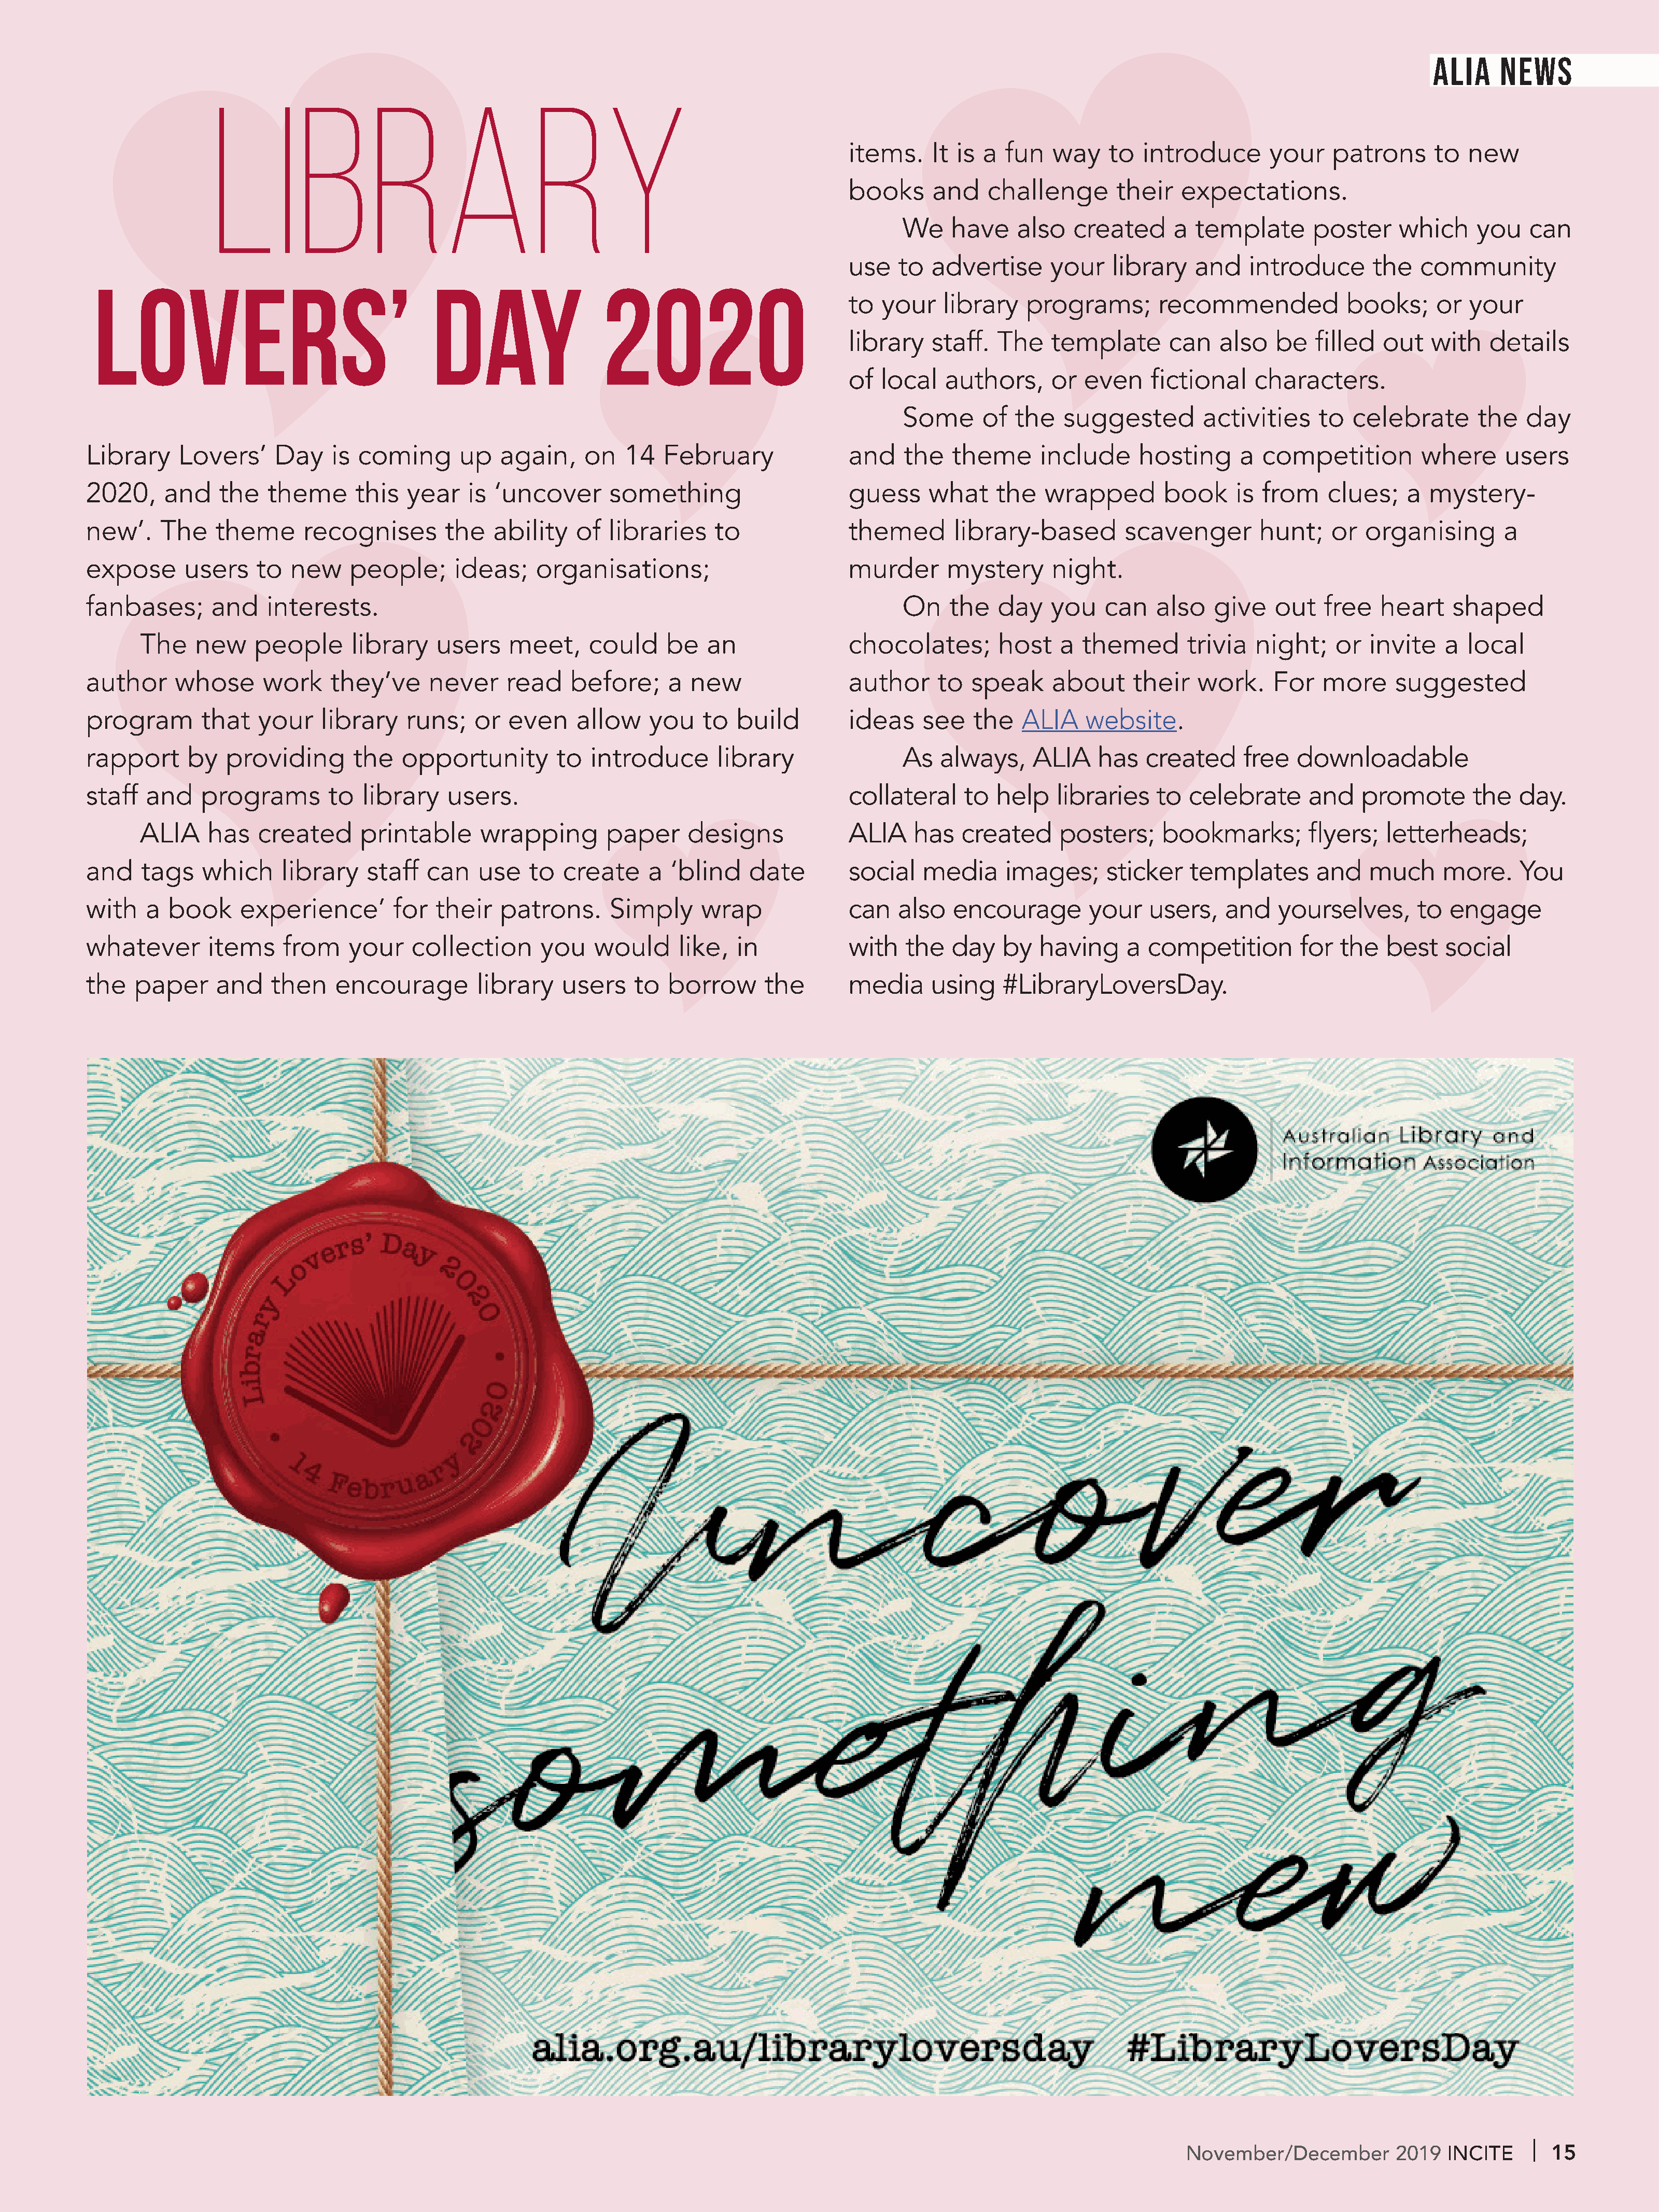
ALIA     NEWS
 Library
 items.     It is a  fun   way     to  introduce       your    patrons      to  new
 books      and    challenge        their   expectations.
 We    have     also   created      a  template       poster     which     you   can
 use    to  advertise      your    library    and   introduce       the   community
 Lovers’                                    Day                   2020
 to   your   library    programs;        recommended             books;     or   your
 library    staff.  The    template       can    also   be   filled   out   with   details
 of  local    authors,     or  even     fictional    characters.
 Some      of   the   suggested         activities    to   celebrate       the   day
 Library     Lovers’     Day    is  coming       up   again,     on   14   February               and    the    theme      include     hosting      a  competition         where      users
 2020,     and    the   theme      this   year    is ‘uncover       something                     guess      what    the   wrapped         book     is from     clues;    a mystery-
 new’.    The     theme      recognises        the   ability    of  libraries    to               themed        library-based         scavenger        hunt;    or  organising        a
 expose       users    to  new     people;      ideas;    organisations;                          murder       mystery      night.
 fanbases;       and    interests.                                                                       On    the   day    you    can    also   give    out   free   heart    shaped
 The    new    people       library    users    meet,     could     be   an                chocolates;        host    a  themed        trivia  night;     or  invite   a  local
 author     whose       work    they’ve      never     read    before;     a  new                 author      to  speak     about      their   work.     For   more     suggested
 program        that   your    library    runs;    or  even     allow    you    to  build         ideas     see   the   ALIA     website.
 rapport      by   providing       the   opportunity         to  introduce        library                As   always,     ALIA    has   created      free   downloadable
 staff   and    programs        to  library    users.                                             collateral     to  help    libraries    to  celebrate      and    promote       the   day.
 ALIA     has   created      printable      wrapping        paper      designs             ALIA     has   created     posters;     bookmarks;         flyers;   letterheads;
 and    tags    which     library    staff  can    use    to  create     a  ‘blind    date        social    media     images;      sticker    templates       and    much     more.     You
 with    a book      experience’        for   their   patrons.      Simply      wrap              can    also   encourage        your    users,   and    yourselves,       to  engage
 whatever        items    from    your     collection      you    would      like,  in            with    the   day   by   having     a  competition        for  the   best    social
 the   paper      and    then    encourage         library    users    to  borrow       the       media      using    #LibraryLoversDay.
 November/December          2019   INCITE       15